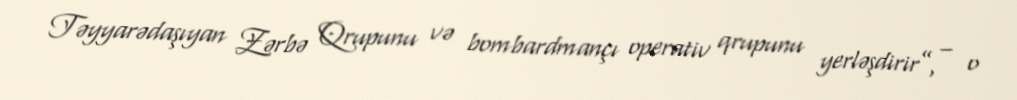
Təyyarədaşıyan Zərbə Qrupunu və bombardmançı operativ qrupunu yerləşdirir”, – o